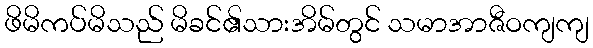
ဖိမိကပ်မိသည် မိခင်၏သားအိမ်တွင် သမာအာဇီဝကျကျ